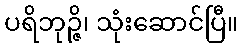
ပရိဘုဉ္ဇိ၊ သုံးဆောင်ပြီ။